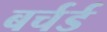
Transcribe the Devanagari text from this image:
बर्चर्ड